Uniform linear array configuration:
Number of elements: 8
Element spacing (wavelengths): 0.75
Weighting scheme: kaiser
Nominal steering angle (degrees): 15
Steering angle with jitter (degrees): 15.035
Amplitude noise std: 0.05
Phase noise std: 0.05

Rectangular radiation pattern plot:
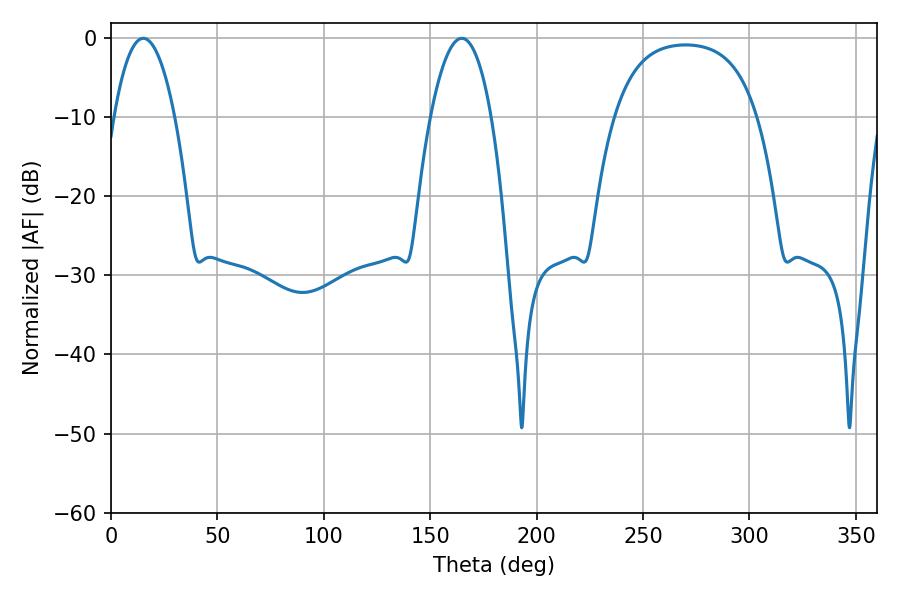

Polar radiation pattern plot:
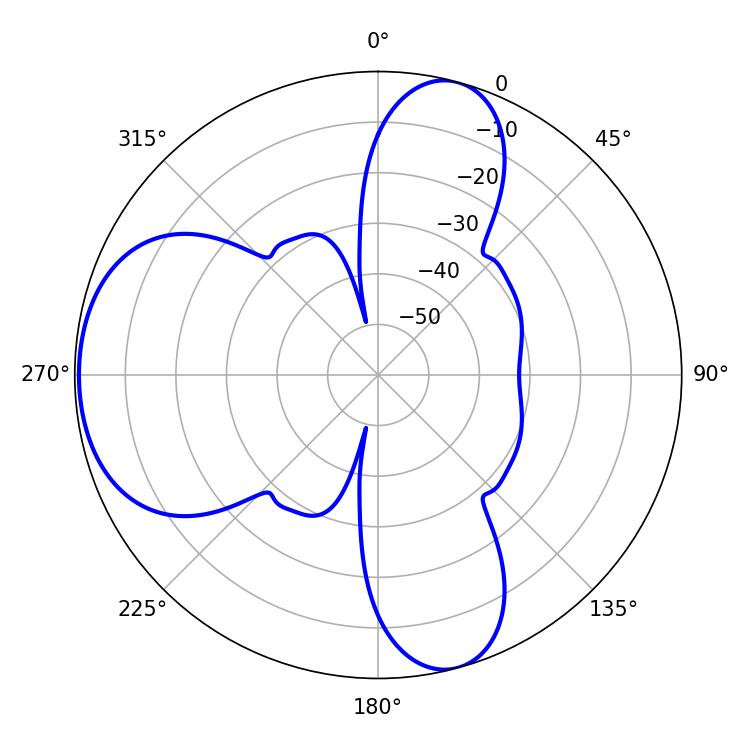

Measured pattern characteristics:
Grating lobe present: TRUE
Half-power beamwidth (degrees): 15.84
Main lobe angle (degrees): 15.12